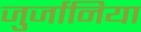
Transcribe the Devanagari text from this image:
जुर्जानिया